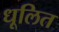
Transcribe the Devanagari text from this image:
धूलित